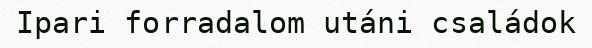
Ipari forradalom utáni családok